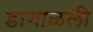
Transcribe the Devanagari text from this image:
डागाळली